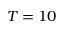
T = 1 0